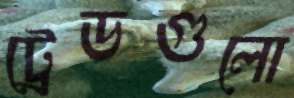
ট্রেডগুলো